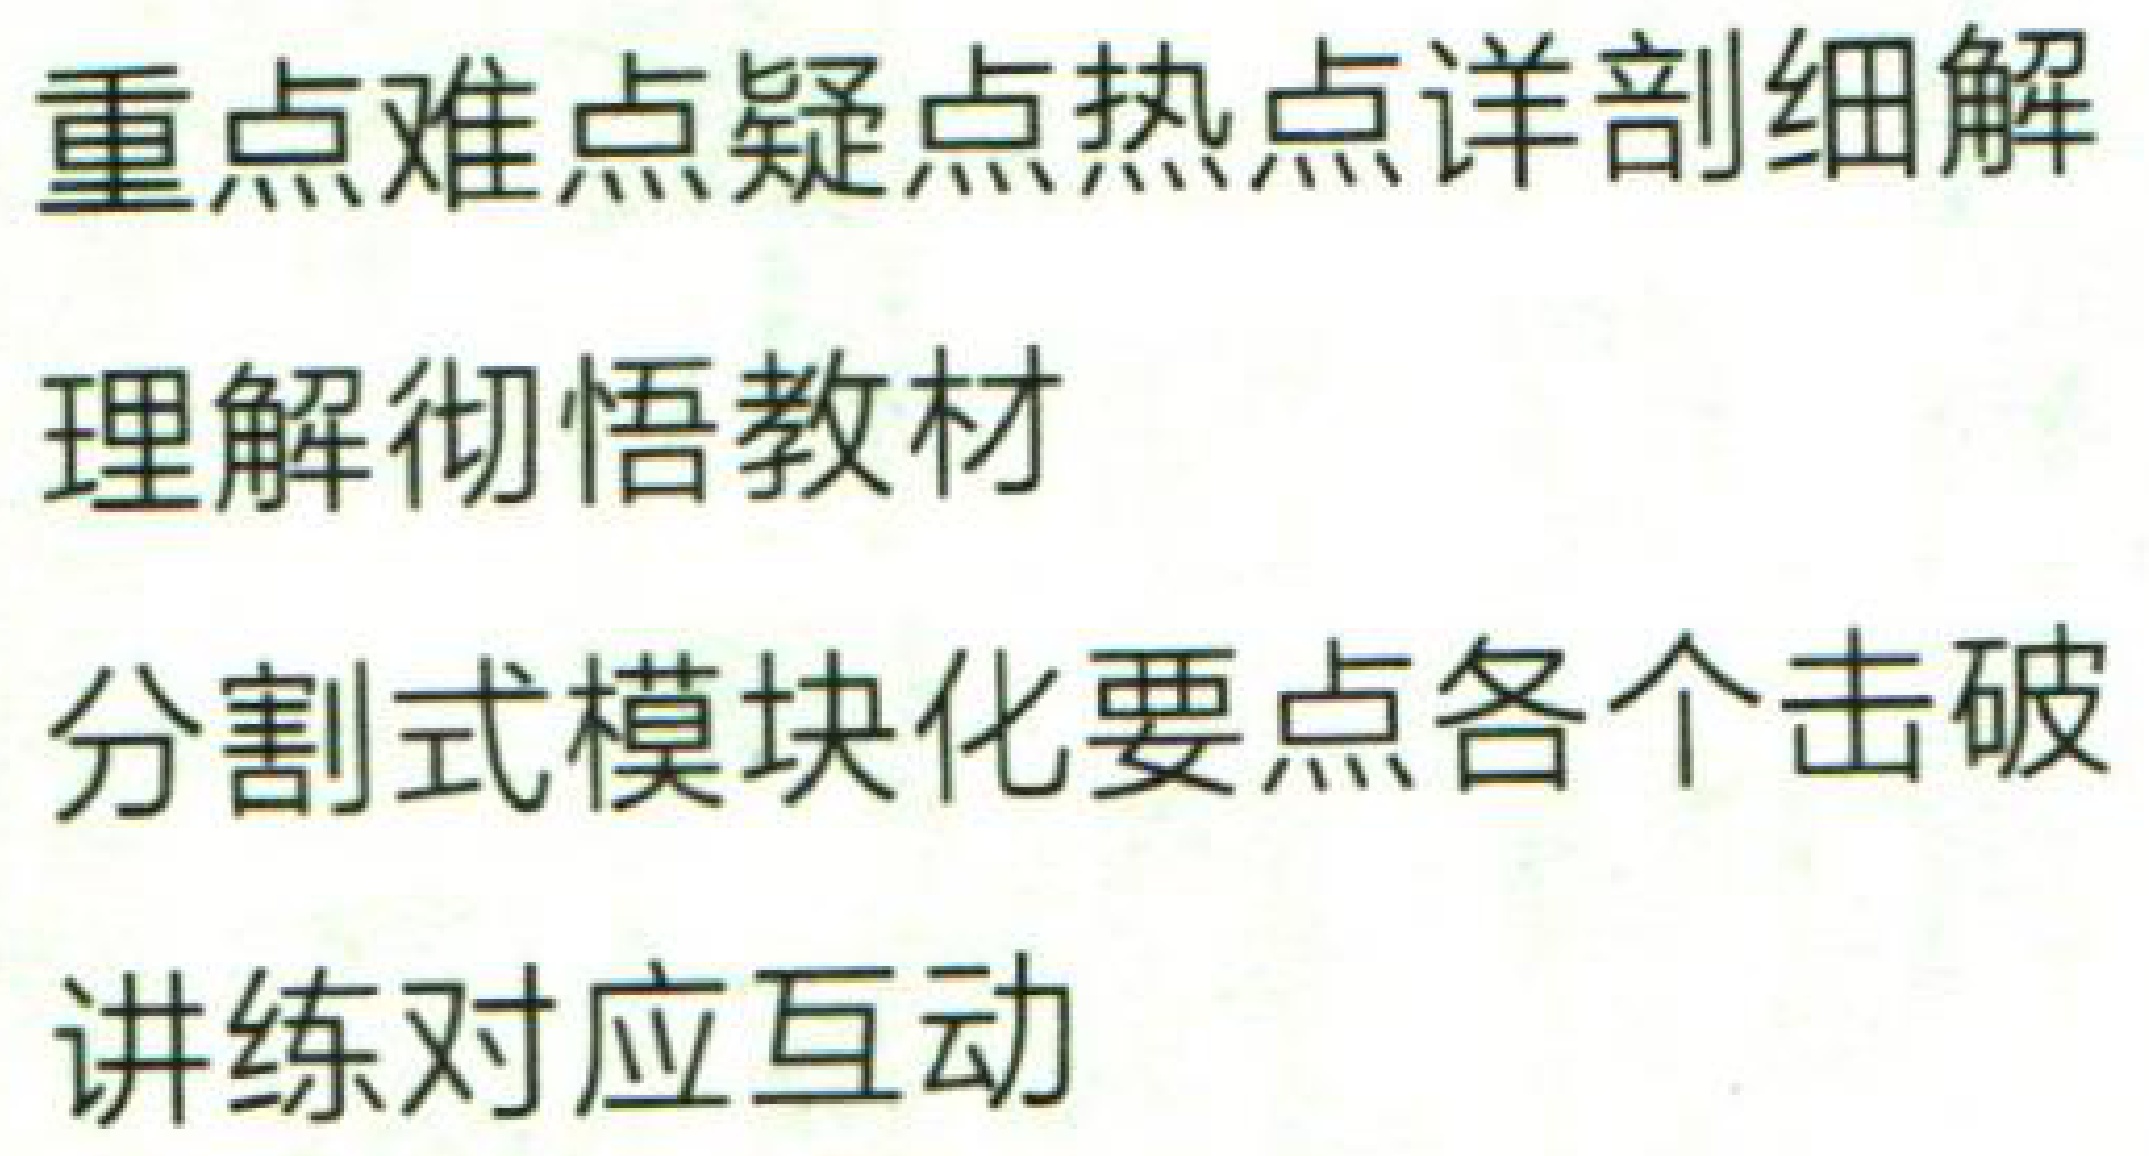
重点难点疑点热点详剖细解

理解彻悟教材

分割式模块化要点各个击破

讲练对应互动